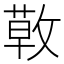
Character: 𢾳